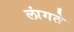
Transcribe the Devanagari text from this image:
लांगते